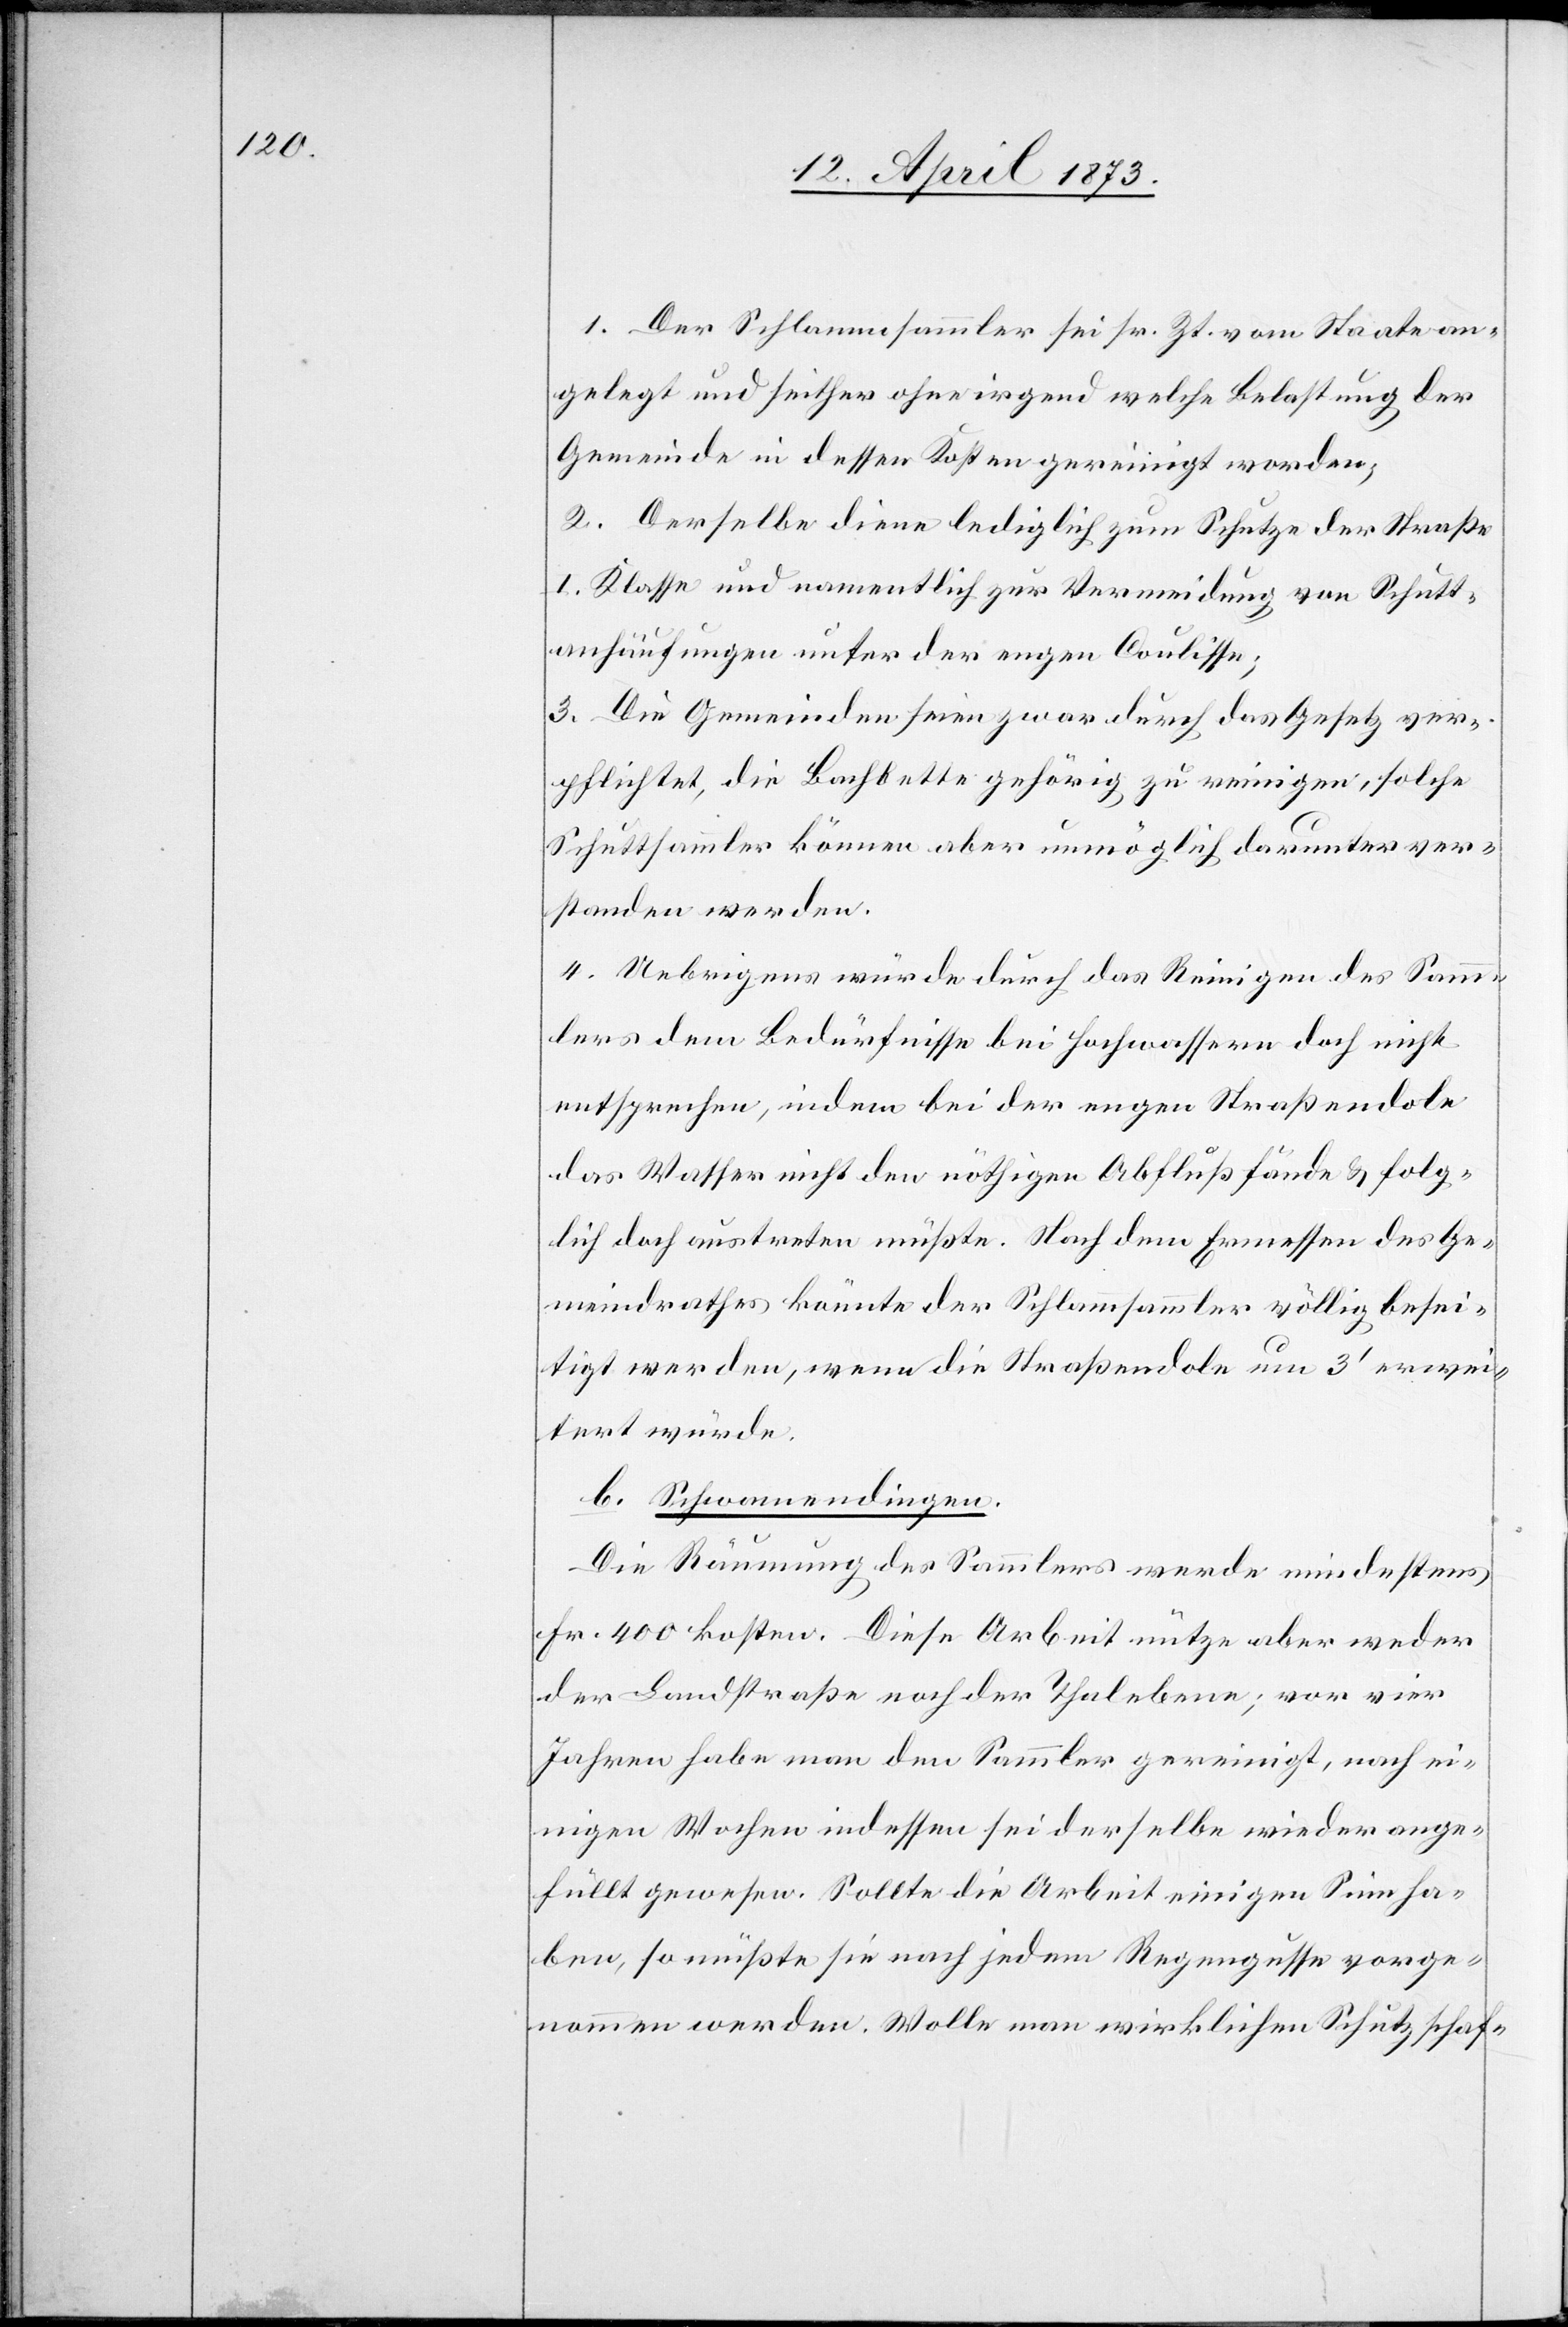
1. Der Schlammsammler sei sr. Zt. vom Staate an¬
gelegt und seither ohne irgend welche Belastung der
Gemeinde in dessen Kosten gereinigt worden;
2. Derselbe diene lediglich zum Schutze der Straße
I. Klasse und namentlich zur Vermeidung von Schutt¬
anhäufungen unter der engen Coulisse;
3. Die Gemeinden seien zwar durch das Gesetz ver¬
pflichtet, die Bachbette gehörig zu reinigen, solche
Schuttsammler können aber unmöglich darunter ver¬
standen werden.
4. Uebrigens würde durch das Reinigen des Samm¬
lers dem Bedürfnisse bei Hochwassern doch nicht
entsprechen [sic!], indem bei der engen Straßendole
das Wasser nicht den nöthigen Abluß fände & folg¬
lich doch austreten müßte. Nach dem Ermessen des Ge¬
meindrathes könnte der Schlammsammler völlig besei¬
tigt werden, wenn die Straßendole um 3‘ erwei¬
tert würde.
b. Schwamendingen.
Die Räumung des Sammlers werde mindestens
Fr. 400 kosten. Diese Arbeit nütze aber weder
der Landstraße noch der Thalebene; vor vier
Jahren habe man den Sammler gereinigt, nach ei¬
nigen Wochen indessen sei derselbe wieder ange¬
füllt gewesen. Sollte die Arbeit einigen Sinn ha¬
ben, so müßte sie nach jedem Regengusse vorge¬
nommen werden. Wolle man wirklichen Schutz schaf-